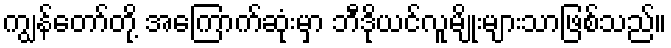
ကျွန်တော်တို့ အကြောက်ဆုံးမှာ ဘီဒိုယင်လူမျိုးများသာဖြစ်သည်။